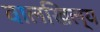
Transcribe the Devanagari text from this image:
वालखिल्‍य